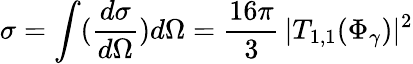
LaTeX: \sigma=\int(\frac{d\sigma}{d\Omega})d\Omega=\frac{16\pi}{3}\, |T_{1,1}(\Phi_{\gamma})|^{2}